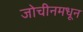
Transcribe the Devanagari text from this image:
जोचीनमधून